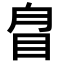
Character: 𥅕